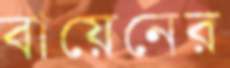
বায়েনের